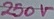
Text: 250V